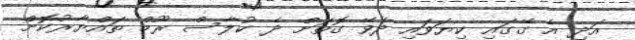
އަދި އެ ގޭގައި ކިޔަވައި ދެވޭ ގޮތަށް ދެ ކުލާސް ރޫމް ތައްޔާރުކޮށް